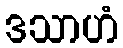
ဒသာဟံ